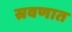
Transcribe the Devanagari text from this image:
स्रवणात